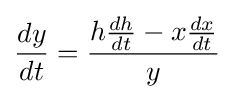
{\frac {dy}{dt}}={\frac {h{\frac {dh}{dt}}-x{\frac {dx}{dt}}}{y}}